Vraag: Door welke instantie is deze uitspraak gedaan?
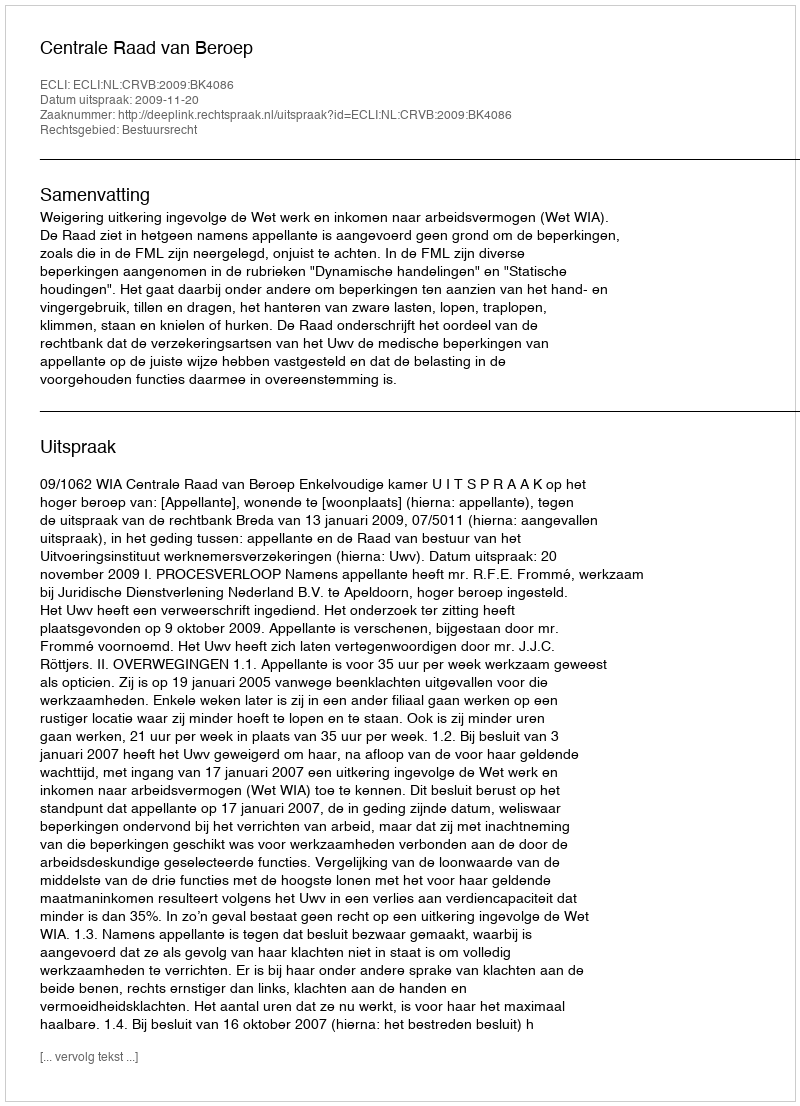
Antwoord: Centrale Raad van Beroep